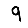
Digit: 9